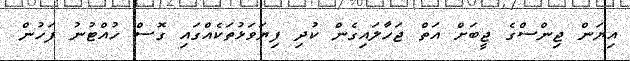
އިޔަން ޖިންސްގެ ޖީބަށް އަތް ޖަހާލައިގެން ކުދި ފިޔަވަޅުތަކެއްގައި ގޮސް ހުއްޓުނު ފަހުން